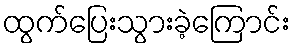
ထွက်ပြေးသွားခဲ့ကြောင်း